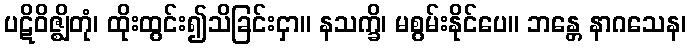
ပဋိဝိဇ္ဈိတုံ၊ ထိုးထွင်း၍သိခြင်းငှာ။ နသက္ခိ၊ မစွမ်းနိုင်ပေ။ ဘန္တေ နာဂသေန၊